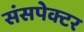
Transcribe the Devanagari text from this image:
संसपेक्टर